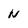
Character: n